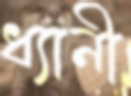
ধ্যানী